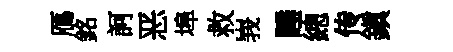
鴈銘訶恶埠救峩睡總传鎭